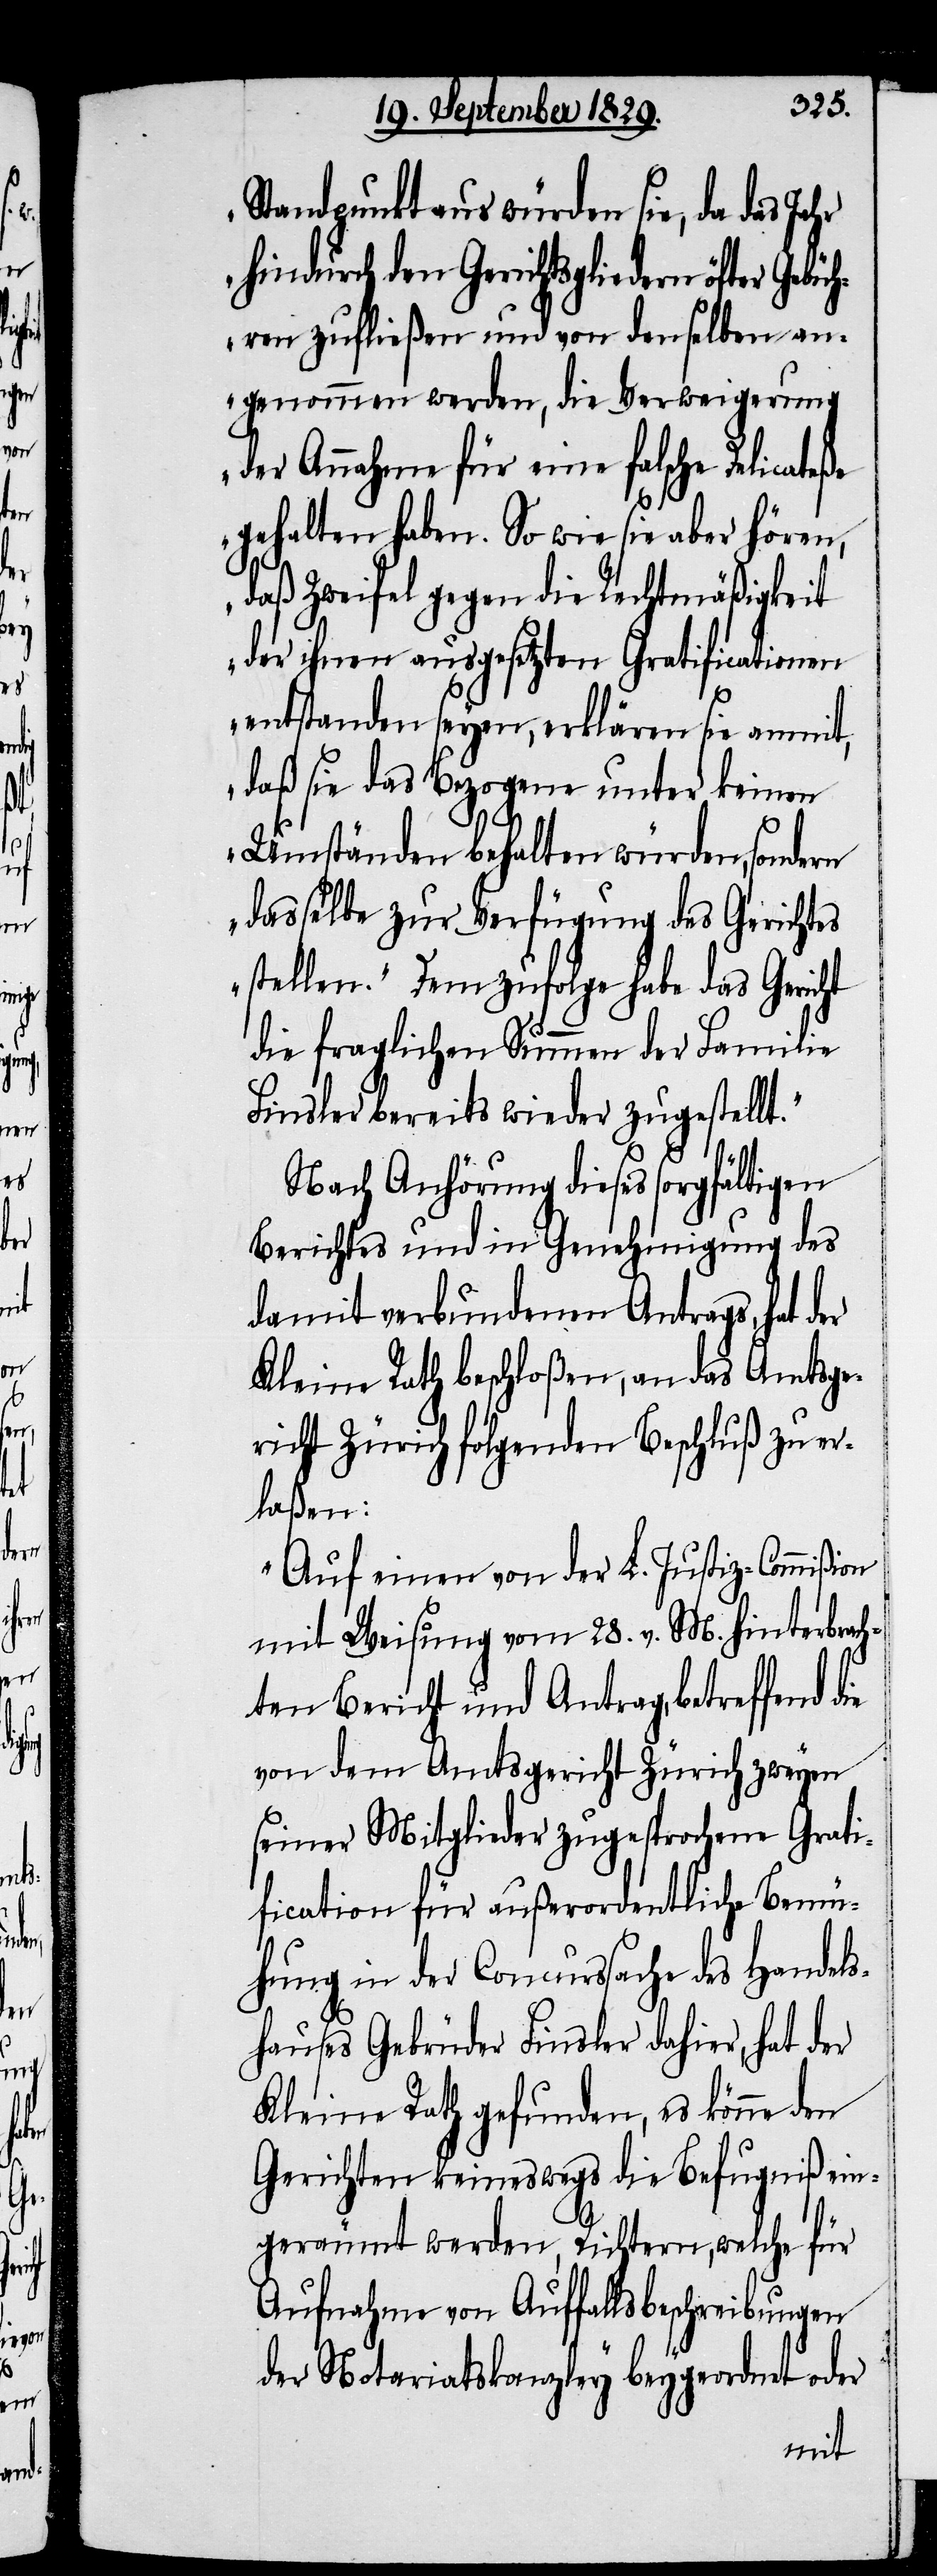
Standpunkte aus würden sie, da das Jahr
hindurch den Gerichtsgliedern öfter Gebü¬
hren zufließen und von denselben an¬
genommen werden, die Verweigerung
der Annahme für eine falsche Delicateße
gehalten haben. So wie sie aber hören,
t.“
daß Zweifel gegen die Rechtmäßigkeit
der ihnen ausgesetzten Gratificationen
entstanden seyen, erklären sie anmit,
daß sie das Bezogene unter keinen
Umständen behalten würden, sondern
dasselbe zur Verfügung des Gerichtes
stellen.“ Demzufolge habe das Gericht
die fraglichen Summen der Familie
Finsler bereits wieder zugestell¬
Nach Anhörung dieses sorgfältigen
Berichtes und in Genehmigung des
damit verbundenen Antrags, hat der
Kleine Rath beschloßen, an das Amtsge¬
richt Zürich folgenden Beschluß zu er¬
laßen:
„Auf einen von der L. Justiz-Commißion
mit Weisung vom 28. v. M. hinterbrach¬
ten Bericht und Antrag, betreffend
von dem Amtsgericht Zürich zweyen
seiner Mitglieder zugesprochene Grati¬
fication für außerordentliche Bemü¬
hung in der Concurssache des Handels¬
hauses Gebrüder Finsler dahier, hat der
Kleine Rath gefunden, es könne den
Gerichtes keineswegs die Befugniß ein¬
geräumt werden, Richtern, welche für
Aufnahme von Auffallsbeschreibungen
der Notariatskanzley beygeordnet oder